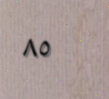
٨٥